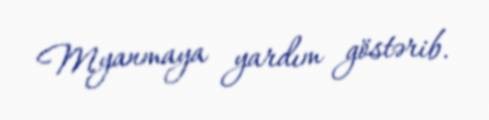
Myanmaya yardım göstərib.